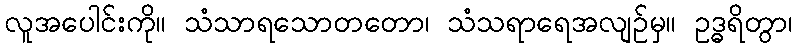
လူအပေါင်းကို။ သံသာရသောတတော၊ သံသရာရေအလျဉ်မှ။ ဥဒ္ဓရိတွာ၊